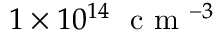
1 \times 1 0 ^ { 1 4 } ~ \textrm { c m } ^ { - 3 }